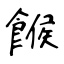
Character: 餱